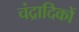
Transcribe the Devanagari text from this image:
चंद्रादिकों